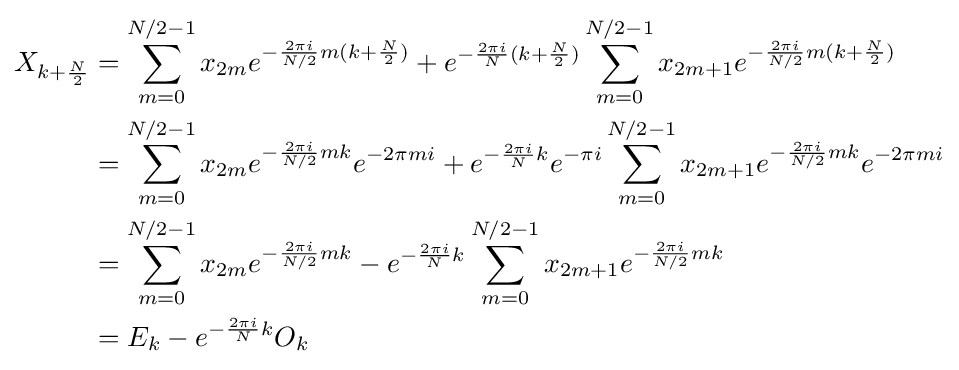
{\begin{aligned}X_{k+{\frac {N}{2}}}&=\sum \limits _{m=0}^{N/2-1}x_{2m}e^{-{\frac {2\pi i}{N/2}}m(k+{\frac {N}{2}})}+e^{-{\frac {2\pi i}{N}}(k+{\frac {N}{2}})}\sum _{m=0}^{N/2-1}x_{2m+1}e^{-{\frac {2\pi i}{N/2}}m(k+{\frac {N}{2}})}\\&=\sum _{m=0}^{N/2-1}x_{2m}e^{-{\frac {2\pi i}{N/2}}mk}e^{-2\pi mi}+e^{-{\frac {2\pi i}{N}}k}e^{-\pi i}\sum _{m=0}^{N/2-1}x_{2m+1}e^{-{\frac {2\pi i}{N/2}}mk}e^{-2\pi mi}\\&=\sum _{m=0}^{N/2-1}x_{2m}e^{-{\frac {2\pi i}{N/2}}mk}-e^{-{\frac {2\pi i}{N}}k}\sum _{m=0}^{N/2-1}x_{2m+1}e^{-{\frac {2\pi i}{N/2}}mk}\\&=E_{k}-e^{-{\frac {2\pi i}{N}}k}O_{k}\end{aligned}}